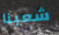
شعبنا